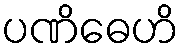
ပဏိဓေဟိ